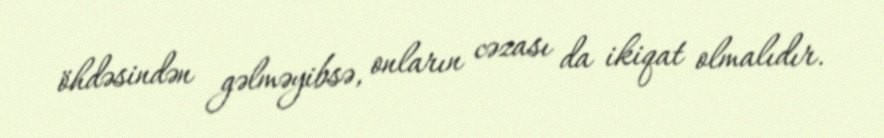
öhdəsindən gəlməyibsə, onların cəzası da ikiqat olmalıdır.